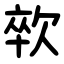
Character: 㰵